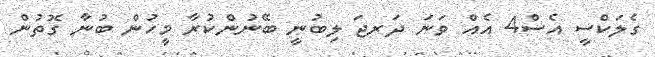
ގެލަކްސީ އެސް4 އެއް ވަނަ ދަރޖަ ލިބުނީ ބޭނުންކުރާ މީހުން ބުނާ ގޮތުން